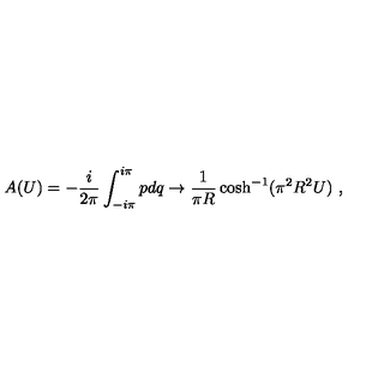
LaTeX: A ( U ) = - { \frac { i } { 2 \pi } } \int _ { - i \pi } ^ { i \pi } p d q \rightarrow { \frac { 1 } { \pi R } } \cosh ^ { - 1 } ( \pi ^ { 2 } R ^ { 2 } U ) \ ,